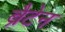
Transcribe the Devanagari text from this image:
ब्रैटेन